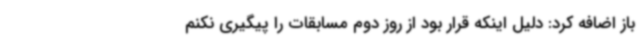
باز اضافه کرد: دلیل اینکه قرار بود از روز دوم مسابقات را پیگیری نکنم